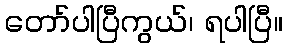
တော်ပါပြီကွယ်၊ ရပါပြီ။